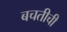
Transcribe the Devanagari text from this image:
बचतीची